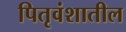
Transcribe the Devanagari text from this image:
पितृवंशातील